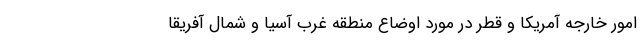
امور خارجه آمریکا و قطر در مورد اوضاع منطقه غرب آسیا و شمال آفریقا